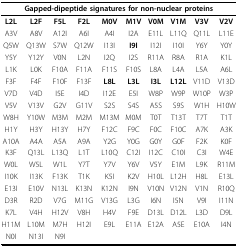
| <COLSPAN=10> Gapped-dipeptide signatures for non-nuclear proteins |
 | --- | --- | --- | --- | --- | --- | --- | --- | --- | --- |
 | L2L | L2F | F5L | F2L | M0V | M1V | V0M | V1M | V3V | V2V |
 | A3V | A8V | A12I | A6I | A4I | I2A | E11L | L11Q | Q11L | L11E |
 | Q5W | Q13W | S7W | Q12W | I13I | I9I | I12I | I10I | Y6Y | Y0Y |
 | Y5Y | Y12Y | V0N | L2N | I2Q | I2S | R11A | R8A | R1A | K1L |
 | L1K | L0K | F10A | F11A | F11S | F10S | L8A | L4A | L5A | A6L |
 | F3F | F4F | F10F | F13F | L8L | L3L | I3L | L12L | V11D | V13D |
 | V7D | V4D | I5E | I4D | I12E | E5I | W8P | W9P | W10P | W3P |
 | V5V | V13V | G2V | G11V | S2S | S4S | A5S | S9S | W1H | H10W |
 | W8H | Y10W | M3M | M2M | M13M | M0M | T0T | T13T | T7T | T1T |
 | H1Y | H3Y | H13Y | H7Y | F12C | F9C | F0C | F10C | A7K | A3K |
 | A10A | A4A | A5A | A9A | Y2G | Y0G | G0Y | G0F | F2K | K0F |
 | K3F | Q13L | L13Q | L1T | L10Q | C12I | I12C | C10I | C3I | W4E |
 | W0L | W5L | W1L | Y7T | Y7V | Y6V | V5Y | E1M | L9K | R11M |
 | I10K | I13K | F13K | T1K | K5I | K2V | H10L | L12H | H8L | E13L |
 | E13I | E10V | N13L | K13N | K12N | I9N | V10N | V12N | V1N | R10Q |
 | D3R | R2D | V7G | M11G | V13G | L3G | I6N | I5N | V9I | I11N |
 | K7L | V4H | H12V | V8H | H4V | F9E | D13L | D12L | L3D | D9L |
 | H11M | L10M | M7H | H12I | E9L | E11A | E12A | A5E | E10A | I4N |
 | N0I | N13I | N9I |  |  |  |  |  |  |  |